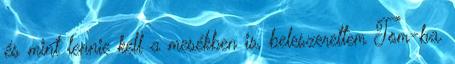
és mint lennie kell a mesékben is, beleszerettem Tom-ba.